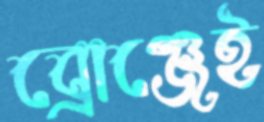
ব্রোঞ্জেই